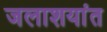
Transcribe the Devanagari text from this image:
जलाशयांत